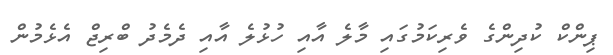
ޕިންކް ކުދިންގެ ވެރިކަމުގައި މާލެ އާއި ހުޅުލެ އާއި ދެމެދު ބްރިޖް އެޅެމުން